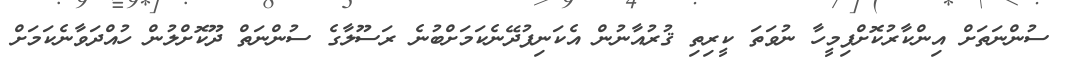
ސުންނަތަށް އިންކާރުކޮށްފިމީހާ ނުވަތަ ކީރިތި ޤުރުއާނުން އެކަނިފުދޭނެކަމަށްބުނެ ރަސޫލާގެ ސުންނަތް ދޫކޮށްލުން ހުއްދަވާނެކަމަށް